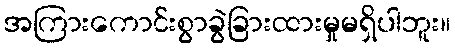
အကြားကောင်းစွာခွဲခြားထားမှုမရှိပါဘူး။